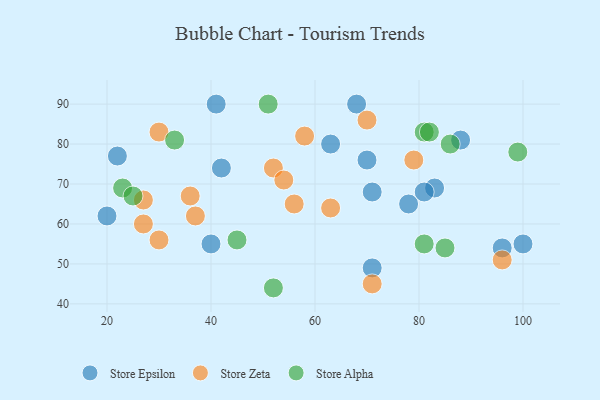
{"axis": {"x": "GDP", "y": "Life Expectancy"}, "legend": ["Store Alpha", "Store Epsilon", "Store Zeta"], "data": [{"x": "71", "y": 49, "type": "Store Epsilon"}, {"x": "22", "y": 77, "type": "Store Epsilon"}, {"x": "41", "y": 90, "type": "Store Epsilon"}, {"x": "71", "y": 68, "type": "Store Epsilon"}, {"x": "100", "y": 55, "type": "Store Epsilon"}, {"x": "20", "y": 62, "type": "Store Epsilon"}, {"x": "78", "y": 65, "type": "Store Epsilon"}, {"x": "40", "y": 55, "type": "Store Epsilon"}, {"x": "96", "y": 54, "type": "Store Epsilon"}, {"x": "70", "y": 76, "type": "Store Epsilon"}, {"x": "83", "y": 69, "type": "Store Epsilon"}, {"x": "81", "y": 68, "type": "Store Epsilon"}, {"x": "63", "y": 80, "type": "Store Epsilon"}, {"x": "42", "y": 74, "type": "Store Epsilon"}, {"x": "68", "y": 90, "type": "Store Epsilon"}, {"x": "88", "y": 81, "type": "Store Epsilon"}, {"x": "27", "y": 66, "type": "Store Zeta"}, {"x": "30", "y": 83, "type": "Store Zeta"}, {"x": "71", "y": 45, "type": "Store Zeta"}, {"x": "37", "y": 62, "type": "Store Zeta"}, {"x": "56", "y": 65, "type": "Store Zeta"}, {"x": "96", "y": 51, "type": "Store Zeta"}, {"x": "79", "y": 76, "type": "Store Zeta"}, {"x": "36", "y": 67, "type": "Store Zeta"}, {"x": "63", "y": 64, "type": "Store Zeta"}, {"x": "30", "y": 56, "type": "Store Zeta"}, {"x": "70", "y": 86, "type": "Store Zeta"}, {"x": "52", "y": 74, "type": "Store Zeta"}, {"x": "58", "y": 82, "type": "Store Zeta"}, {"x": "54", "y": 71, "type": "Store Zeta"}, {"x": "27", "y": 60, "type": "Store Zeta"}, {"x": "52", "y": 44, "type": "Store Alpha"}, {"x": "85", "y": 54, "type": "Store Alpha"}, {"x": "86", "y": 80, "type": "Store Alpha"}, {"x": "81", "y": 83, "type": "Store Alpha"}, {"x": "51", "y": 90, "type": "Store Alpha"}, {"x": "23", "y": 69, "type": "Store Alpha"}, {"x": "82", "y": 83, "type": "Store Alpha"}, {"x": "25", "y": 67, "type": "Store Alpha"}, {"x": "81", "y": 55, "type": "Store Alpha"}, {"x": "45", "y": 56, "type": "Store Alpha"}, {"x": "33", "y": 81, "type": "Store Alpha"}, {"x": "99", "y": 78, "type": "Store Alpha"}]}